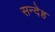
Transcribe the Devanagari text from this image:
सन्‍देह